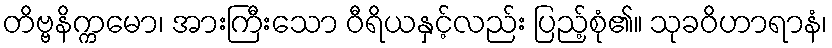
တိဗ္ဗနိက္ကမော၊ အားကြီးသော ဝီရိယနှင့်လည်း ပြည့်စုံ၏။ သုခဝိဟာရာနံ၊